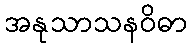
အနုသာသနဝိဓာ